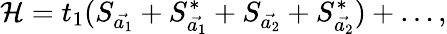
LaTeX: {\cal H}=t_{1}(S_{\vec{a_{1}}}+S_{\vec{a_{1}}}^{*}+S_{\vec{a_{2}}}+S_{\vec{a_{2}}}^{*})+\ldots,